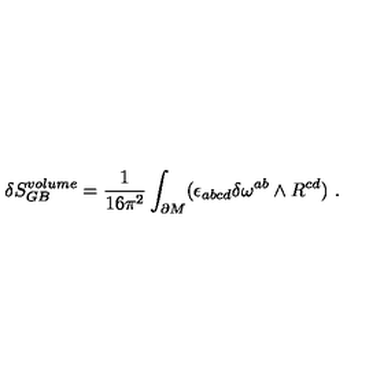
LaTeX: \delta S _ { G B } ^ { v o l u m e } = { \frac { 1 } { 1 6 \pi ^ { 2 } } } \int _ { \partial M } ( \epsilon _ { a b c d } \delta \omega ^ { a b } \wedge R ^ { c d } ) \ .